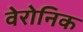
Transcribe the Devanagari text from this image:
वेरोनिक